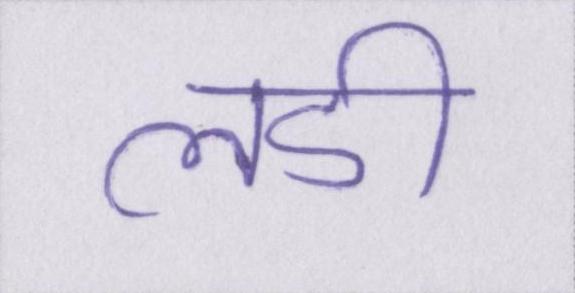
लडी